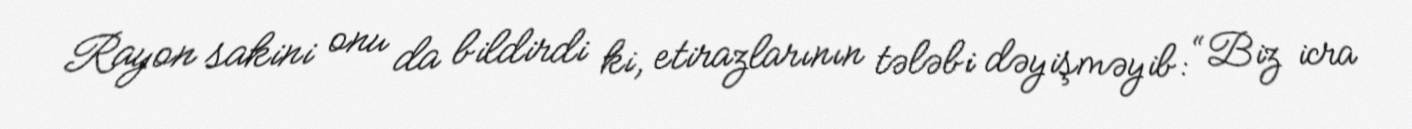
Rayon sakini onu da bildirdi ki, etirazlarının tələbi dəyişməyib: “Biz icra